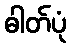
ဓါတ်ပုံ